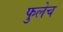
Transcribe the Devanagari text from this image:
फुलेच